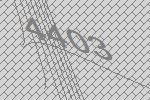
4403